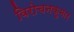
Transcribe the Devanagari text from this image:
विरोचनकुमार